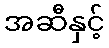
အဆီနှင့်